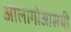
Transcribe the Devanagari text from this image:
आलागोआसची